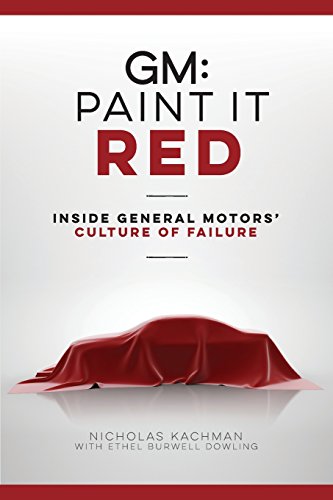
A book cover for GM: Paint it Red; Nicholas Kachman; Business & Money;